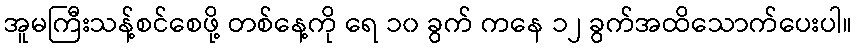
အူမကြီးသန့်စင်စေဖို့ တစ်နေ့ကို ရေ ၁၀ ခွက် ကနေ ၁၂ ခွက်အထိသောက်ပေးပါ။